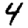
Digit: 4